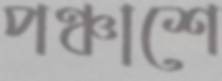
পঞ্চাশে